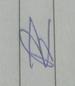
Signature authenticity: forged